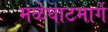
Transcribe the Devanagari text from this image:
मळेघाटमार्गे